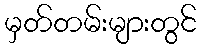
မှတ်တမ်းများတွင်